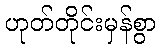
ဟုတ်တိုင်းမှန်စွာ